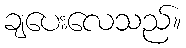
ချပေးလေသည်။